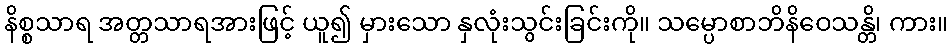
နိစ္စသာရ အတ္တသာရအားဖြင့် ယူ၍ မှားသော နှလုံးသွင်းခြင်းကို။ သမ္ပောစာဘိနိဝေသန္တိ၊ ကား။